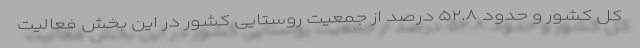
کل کشور و حدود ۵۲.۸ درصد از جمعیت روستایی کشور در این بخش فعالیت